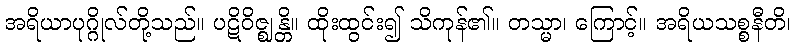
အရိယာပုဂ္ဂိုလ်တို့သည်။ ပဋိဝိဇ္ဈန္တိ။ ထိုးထွင်း၍ သိကုန်၏။ တသ္မာ၊ ကြောင့်။ အရိယသစ္စနီတိ၊